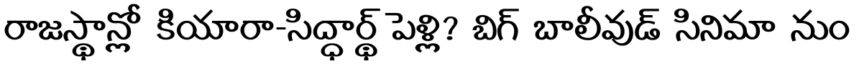
రాజస్థాన్లో కియారా-సిద్ధార్థ్ పెళ్లి? బిగ్ బాలీవుడ్ సినిమా నుం